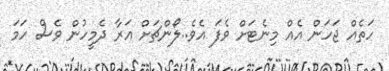
ހަތެއް ޖަހަން އެއް މިނެޓަށް ވެފަ އެވެ..ލޯންޗަށް އަރާ ދެމީހުން ވެސް ހަމަ